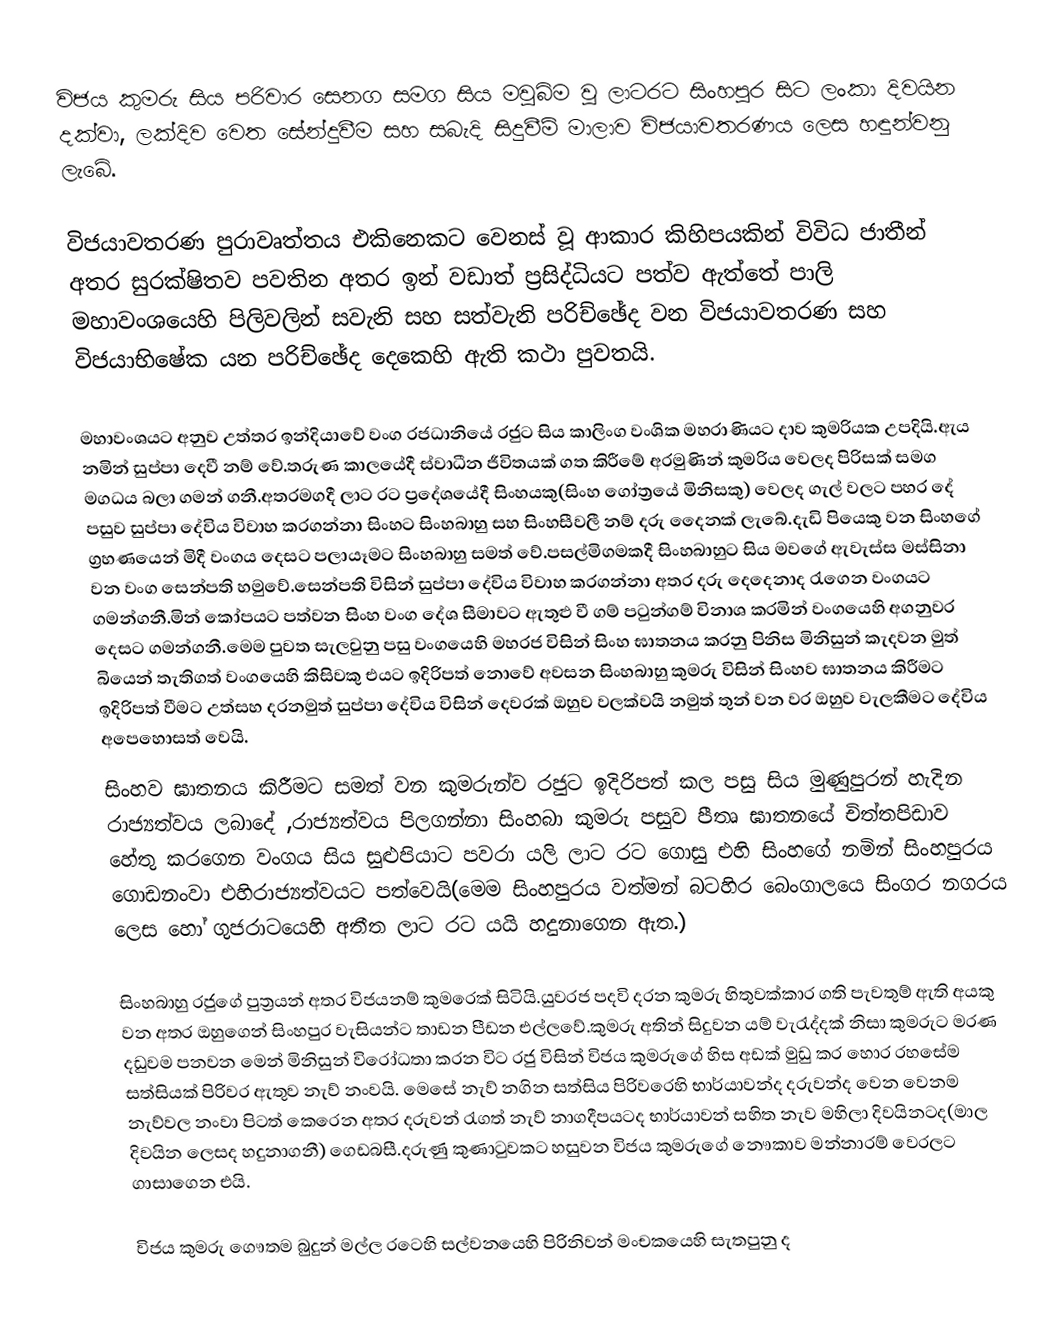
විජය කුමරු සිය පරිවාර සෙනග සමග සිය මවුබිම වූ ලාටරට සිංහපුර සිට ලංකා දිවයින දක්වා, ලක්දිව වෙත සේන්දුවීම සහ සබැදි සිදුවීම් මාලාව විජයාවතරණය ලෙස හඳුන්වනු ලැබේ.

විජයාවතරණ පුරාවෘත්තය  එකිනෙකට වෙනස් වූ ආකාර කිහිපයකින් විවිධ ජාතීන් අතර සුරක්ෂිතව පවතින අතර ඉන් වඩාත් ප්‍රසිද්ධියට පත්ව ඇත්තේ පාලි මහාවංශයෙහි පිලිවලින් සවැනි සහ සත්වැනි පරිච්ඡේද වන විජයාවතරණ සහ විජයාභිෂේක යන පරිච්ඡේද දෙකෙහි ඇති කථා පුවතයි.

මහාවංශයට අනුව උත්තර ඉන්දියාවේ  වංග රජධානියේ රජුට සිය කාලිංග වංශික මහරාණියට දාව කුමරියක උපදියි.ඇය නමින් සුප්‍පා දෙවී නම් වේ.තරුණ කාලයේදී ස්වාධීන ජීවිතයක් ගත කිරීමේ අරමුණින් කුමරිය වෙලද පිරිසක් සමග මගධය බලා ගමන් ගනී.අතරමගදී ලාට රට ප්‍රදේශයේදී සිංහයකු(සිංහ ගෝත්‍රයේ මිනිසකු) වෙලද ගැල් වලට පහර දේ පසුව සුප්පා දේවිය විවාහ කරගන්නා සිංහට සිංහබාහු සහ සිංහසීවලී නම් දරු දෛනක් ලැබේ.දැඩි පියෙකු වන සිංහගේ ග්‍රහණයෙන් මිදී වංගය දෙසට පලායෑමට සිංහබාහු සමත් වේ.පසල්මිගමකදී සිංහබාහුට සිය මවගේ ඇවැස්ස මස්සිනා වන වංග සෙන්පති හමුවේ.සෙන්පති විසින් සුප්පා දේවිය විවාහ කරගන්නා අතර දරු දෙදෙනාද රැගෙන වංගයට ගමන්ගනී.මින් කෝපයට පත්වන සිංහ වංග දේශ සීමාවට ඇතුළු වී ගම් පටුන්ගම් විනාශ කරමින් වංගයෙහි අගනුවර දෙසට ගමන්ගනී.මෙම පුවත සැලවුනු පසු වංගයෙහි මහරජ විසින් සිංහ ඝාතනය කරනු පිනිස මිනිසුන් කැදවන මුත් බියෙන් තැතිගත් වංගයෙහි කිසිවකු එයට ඉදිරිපත් නොවේ අවසන සිංහබාහු කුමරු විසින් සිංහව ඝාතනය කිරීමට ඉදිරිපත් වීමට උත්සහ දරනමුත් සුප්පා දේවිය විසින් දෙවරක් ඔහුව වලක්වයි නමුත් තුන් වන වර ඔහුව වැලකීමට දේවිය අපෙහොසත් වෙයි.
සිංහව ඝාතනය කිරීමට සමත් වන කුමරුන්ව රජුට ඉදිරිපත් කල පසු සිය මුණුපුරන් හැදින රාජ්‍යත්වය ලබාදේ ,රාජ්‍යත්වය පිලගන්නා සිංහබා කුමරු පසුව පීතෘ ඝාතනයේ චිත්තපිඩාව හේතු කරගෙන වංගය සිය සුළුපියාට පවරා යලි ලාට රට ගොසු එහි සිංහගේ නමින් සිංහපුරය ගොඩනංවා එහිරාජ්‍යත්වයට පත්වෙයි(මෙම සිංහපුරය වත්මන් බටහිර බෙංගාලයෙ සිංගර නගරය ලෙස හෝ ගුජරාටයෙහි අතීත ලාට රට යයි හදුනාගෙන ඇත.)

සිංහබාහු රජුගේ පුත්‍රයන් අතර විජයනම් කුමරෙක් සිටියි.යුවරජ පදවි දරන කුමරු හිතුවක්කාර ගති පැවතුම් ඇති අයකු වන අතර ඔහුගෙන් සිංහපුර වැසියන්ට තාඩන පීඩන එල්ලවේ.කුමරු අතින් සිදුවන යම් වැරැද්දක් නිසා කුමරුට මරණ දඩුවම පන⁣වන මෙන් මිනිසුන් විරෝධතා කරන විට රජු විසින් විජය කුමරුගේ හිස අඩක් මුඩු කර හොර රහසේම සත්සියක් පිරිවර ඇතුව නැව් නංවයි. මෙසේ නැව් නගින සත්සිය පිරිවරෙහි භාර්යාවන්ද දරුවන්ද වෙන වෙනම නැව්වල නංවා පිටත් කෙරෙන අතර දරුවන් රැගත් නැව් නාගදීපයටද භාර්යාවන් සහිත නැව මහිලා දිවයිනටද(මාල දිවයින ලෙසද හදුනාගනී) ගෙඩබසී.දරුණු කුණාටුවකට හසුවන විජය කුමරුගේ නෞකාව මන්නාරම් වෙරලට ගාසාගෙන එයි.

විජය කුමරු ගෞතම බුදුන් මල්ල රටෙහි සල්වනයෙහි පිරිනිවන් මංචකයෙහි සැතපුනු ද